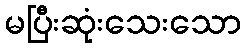
မပြီးဆုံးသေးသော